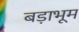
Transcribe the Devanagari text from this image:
बड़ाभूम